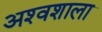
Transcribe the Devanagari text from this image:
अश्‍वशाला